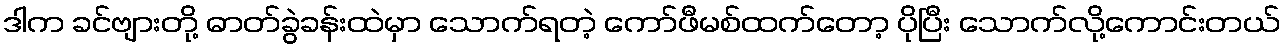
ဒါက ခင်ဗျားတို့ ဓာတ်ခွဲခန်းထဲမှာ သောက်ရတဲ့ ကော်ဖီမစ်ထက်တော့ ပိုပြီး သောက်လို့ကောင်းတယ်